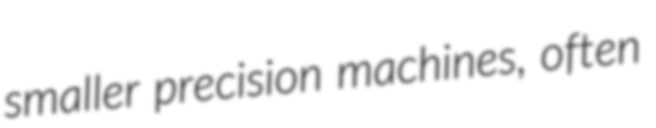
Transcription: smaller precision machines, often